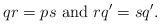
LaTeX: \begin{align*} qr = ps \ \textnormal{and} \ rq' = sq'.\end{align*}